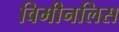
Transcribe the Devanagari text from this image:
विमीनलिस